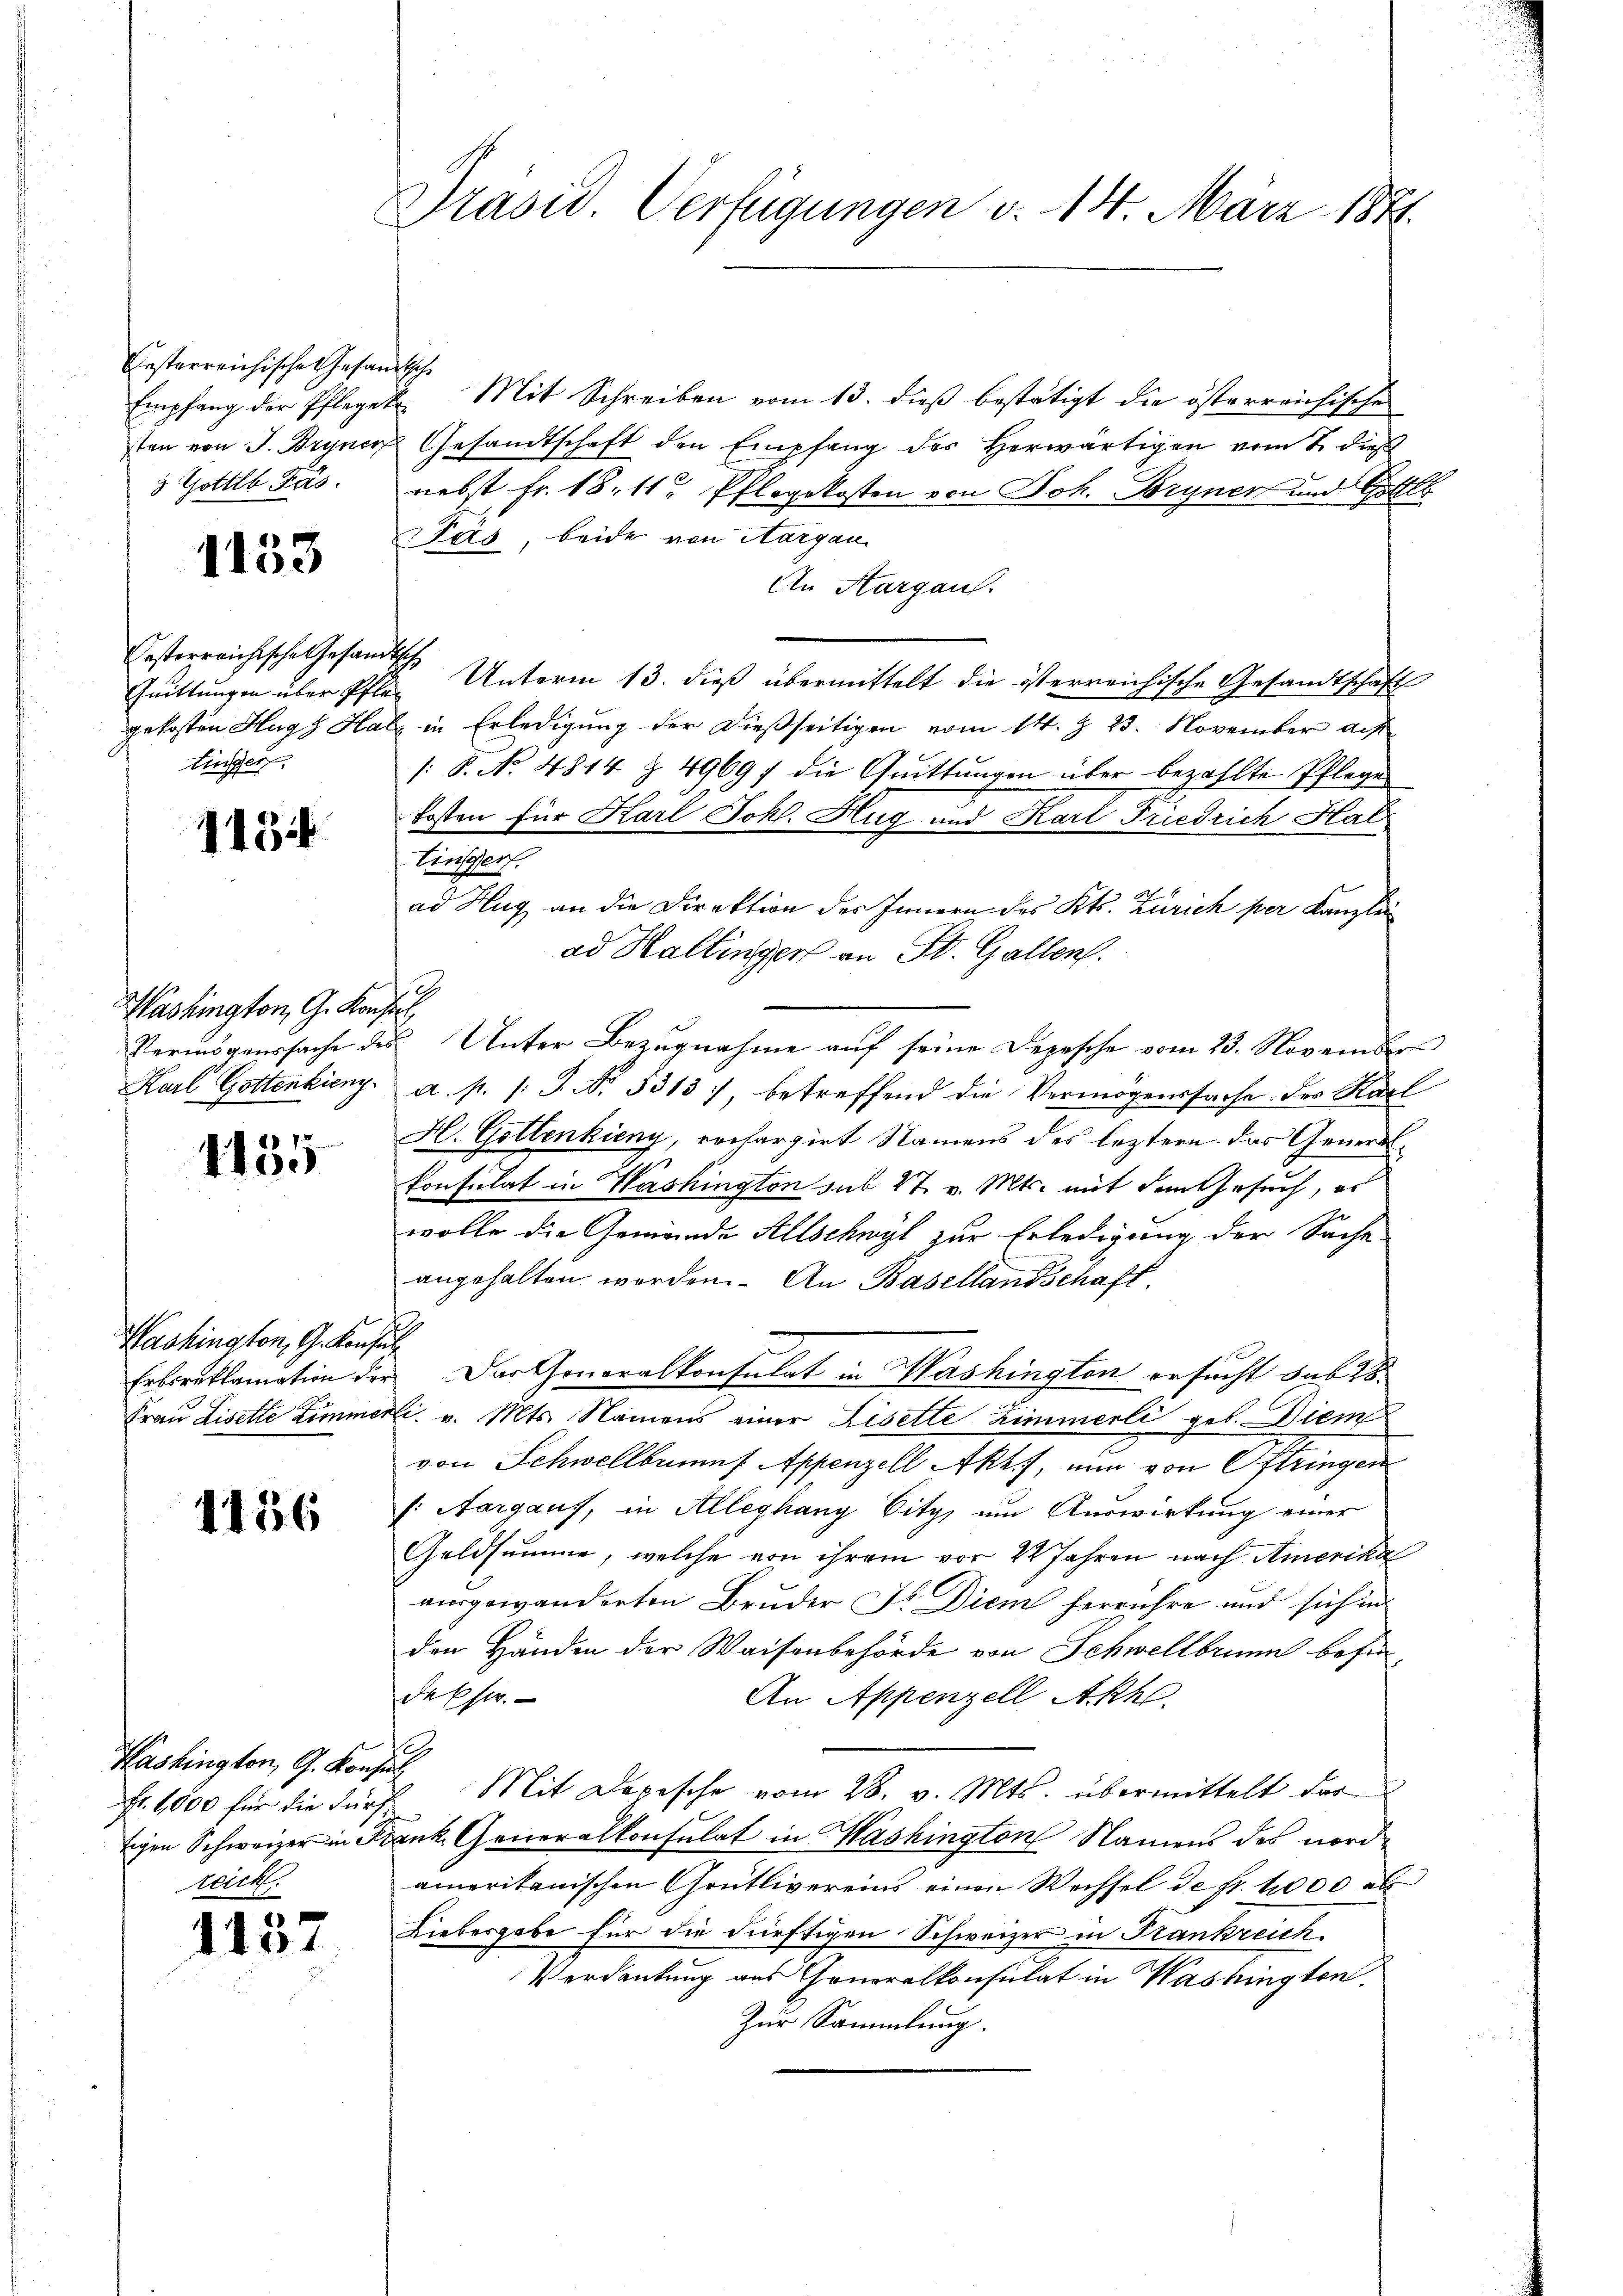
Ersterreichische Gesandtsche
3 Gottlob Pas

1153

Oesterreichische Gesandtsch
tinger.

1434

Washington, G. Konsers.

f
1100

Washington, G. Konsul

1456

Washington, G. Konsul
Fr. 1000 für die Fürs
ick.

1137

Präsid. Verfügungen v. 14. März 1871.

Empfang der Pfleget Mit Schreiben vom 13. dieß bestätigt die österreichische
sten von J. Bryner Gesandtschaft den Empfang des Herwärtigen vom 1. dieß
nebst Fr. 18. 11. Pflegekosten von Joh. Bryner und Gittel
Päs, beide von Aargau
An Hargau.
Quittungen über Pflen Unterm 13. dieß übermittelt die österreichische Gesandtschaft
gekosten Hugz Hals in Erledigung der dießseitigen vom 14. Z. 23. November auf
/: 8. No. 4814 § 4969) die Quittungen über bezahlte Pflege
Kosten für Karl Joh. Hug und Karl Friedrich Hal
ad Hug an die Direktion des Innern des Kts. Zürich per Kanzlei
ad Haltingers an St. Gallen.
3
Vermögenssache des Unter Bezŭgnahme aŭf seine Depesche vom 23. November
Karl Gottenkieny. a. p. /: J. No. 3313), betreffend die Vermögenssache der Karl
H. Gottenkieny, rechargirt Namens des leztern das General-
konsulat in Washington sub 27. v. Mts. mit dem Gesuch, es
wolle die Gemeinde Allschwyl zur Erledigung der Sache.
angehalten werden. An Basellandschaft.
Erbcruklamation der Dar Generalkonsulat in Washington ersucht das
Frau Lisette Zimmerli v. Mts. Namens einer Lisette Zimmerli ges. Dien
von Schwellbrief Appenzell Akh.), nun von Oftringen
f: Aargauf, in Alleghany Citz, um Auswirkung einer
Geldsumme, welche von ihrem vor 2 Jahren nach Amerikal
ausgewanderten Bruder Dr. Diem herrühre und sich in
den Händen der Waisenbehörde von Schwellbrunn befindessen.
An Appenzell Akhl.
Mit Depesche vom 28. v. Mts. übermittelt das
tigen Schweizer in Frank. Generalkonsulat in Washington Namens des nordamerikanischen Grütlivereins einen Wechsel de fr. 4000 als
Liebesgabe für die dürftigen Schweizer in Frankreich
Perdankung aus Geralkonsulat in Washington
Zur Sammlung.

Einscherf.

s